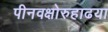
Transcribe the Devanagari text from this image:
पीनवक्षोरुहाढया